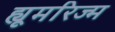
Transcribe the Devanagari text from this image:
ह्यूमरिज्म